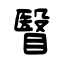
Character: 瞖